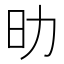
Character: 㫑